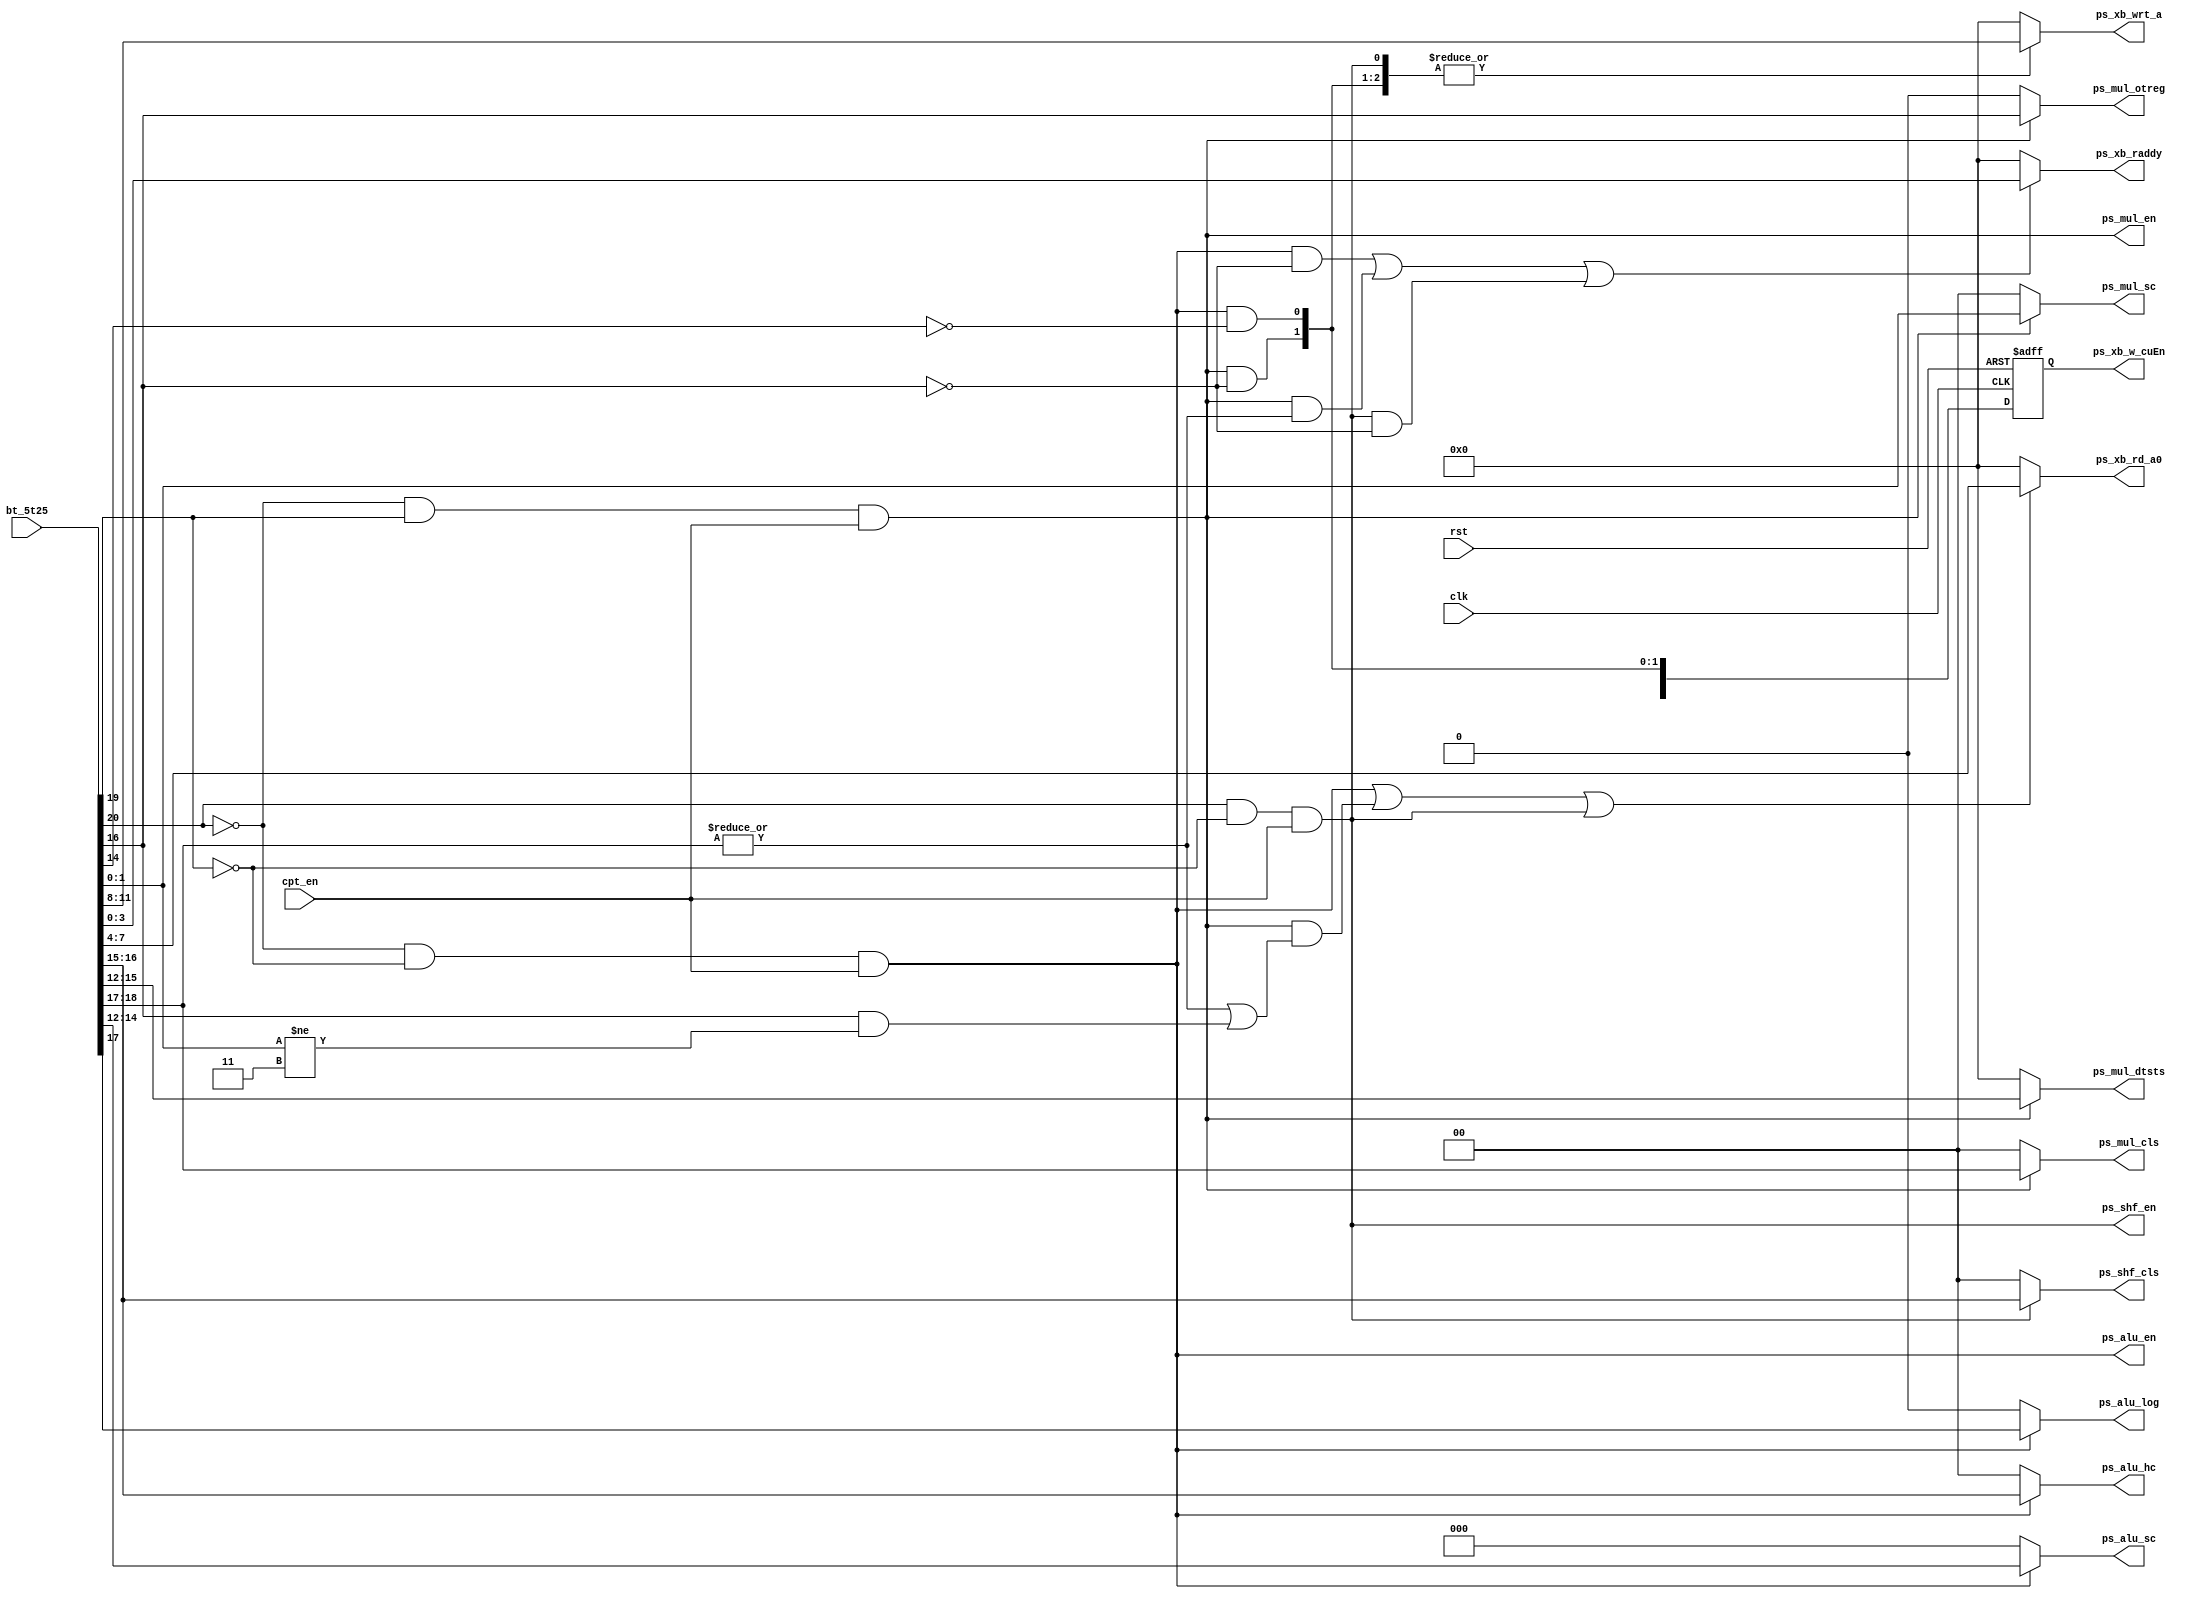
module cmpt_inst_dcdr(clk,rst,cpt_en,bt_5t25, ps_alu_en,ps_mul_en, ps_shf_en, ps_alu_log, ps_mul_otreg, ps_alu_hc, ps_mul_cls, ps_mul_sc, ps_shf_cls, ps_alu_sc, ps_xb_w_cuEn,ps_mul_dtsts, ps_xb_rd_a0, ps_xb_raddy, ps_xb_wrt_a);

parameter wrt=16;

input clk,rst,cpt_en;
input[20:0] bt_5t25;

output ps_alu_en, ps_mul_en, ps_shf_en, ps_alu_log, ps_mul_otreg;
output[1:0] ps_alu_hc, ps_mul_cls, ps_mul_sc, ps_shf_cls;
output[2:0] ps_alu_sc, ps_xb_w_cuEn;
output[3:0] ps_mul_dtsts, ps_xb_rd_a0, ps_xb_raddy, ps_xb_wrt_a;

reg ps_alu_en, ps_mul_en, ps_shf_en, ps_alu_log, ps_mul_otreg;
reg[1:0] ps_alu_hc, ps_mul_cls, ps_mul_sc, ps_shf_cls;
reg[2:0] ps_alu_sc,wrt_en;
reg[3:0] ps_mul_dtsts, ps_xb_rd_a0, ps_xb_raddy;

reg[2:0] ps_xb_w_cuEn;
reg[3:0] ps_xb_wrt_a;

//CU Enables
always @* begin

	ps_alu_en= !bt_5t25[20] & !bt_5t25[19] & cpt_en;           //ALU enable
	ps_mul_en= !bt_5t25[20] & bt_5t25[19] & cpt_en;		   //MUL enable
        ps_shf_en= bt_5t25[20] & !bt_5t25[19] & cpt_en;		   //Shifter enable

end

//ALU Control Signals
always @* begin

	if(ps_alu_en) begin

		ps_alu_log= bt_5t25[17];                          //High for logical, low for arithematic
		ps_alu_hc= bt_5t25[16:15];			  //Higher Classification bits
		ps_alu_sc= bt_5t25[14:12];			  //Sub Classification bits

	end else begin

		ps_alu_log= 1'b0;
		ps_alu_hc= 2'b0;
		ps_alu_sc= 3'b0;

	end

end

//Multiplier 
always @(*) begin

	if(ps_mul_en) begin

		ps_mul_cls= bt_5t25[18:17];			  //Classification bits
		ps_mul_otreg= bt_5t25[16];			  //Output reg selection bit - High for MRF, Low for Rn
		ps_mul_dtsts = bt_5t25[15:12];			  //Data status
		ps_mul_sc= bt_5t25[1:0];			  //Sub Classification bits

	end else begin

		ps_mul_cls= 2'b0;
		ps_mul_otreg= 1'b0;
		ps_mul_dtsts = 4'b0;
		ps_mul_sc= 2'b0;

	end

end

//Shifter
always @* begin

	if(ps_shf_en) begin

		ps_shf_cls= bt_5t25[16:15];			  //Classification bits

	end else begin

		ps_shf_cls= 2'b0;

	end

end

//Register File
always @(*) begin
			
	wrt_en[0]= ps_alu_en & !bt_5t25[14];
	wrt_en[1]= ps_mul_en & !bt_5t25[16];
	wrt_en[2]= ps_shf_en;
	
	if( ps_alu_en | (ps_mul_en & ( (|bt_5t25[18:17]) | ( (bt_5t25[16]==1'b1) & (bt_5t25[1:0]!=2'b11) ) )) | ps_shf_en ) begin

		ps_xb_rd_a0= bt_5t25[7:4];          //Input 1 read Address 
		
	end else begin

		ps_xb_rd_a0= 4'h0;

	end

	if( (ps_alu_en & !bt_5t25[16]) | (ps_mul_en & (|bt_5t25[18:17])) | (ps_shf_en & !bt_5t25[16]) ) begin

		ps_xb_raddy= bt_5t25[3:0];           //Input 2 read Address

	end else begin

		ps_xb_raddy= 4'h0;

	end

	if(|wrt_en) begin
				
		ps_xb_wrt_a= bt_5t25[11:8];        //Write address
		
	end else begin
		
		ps_xb_wrt_a= 4'h0;
	
	end

end

//Regiter File Write
always @(posedge clk or negedge rst) begin

	if(!rst) begin

		ps_xb_w_cuEn<= 3'b0;

	end else begin
	
		ps_xb_w_cuEn[0]<= wrt_en[0];                //Write enable for ALU
		ps_xb_w_cuEn[1]<= wrt_en[1];		    //for MUL
		ps_xb_w_cuEn[2]<= wrt_en[2];		    //for Shifter


	end

end

endmodule